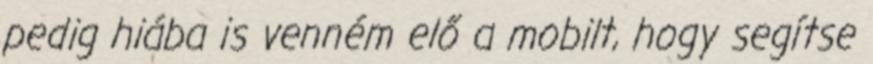
pedig hiába is venném elő a mobilt, hogy segítse